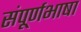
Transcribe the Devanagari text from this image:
संपूर्णभाषा